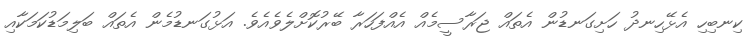
ކިނބިހި އެޅޭހިނދު ހަށިގަނޑުން އެތައް ޖަރާސީމެއް އެއްފަހަރާ ބޭރުކޮށްލެވެއެވެ. އަޅުގަނޑުމެން އެތައް ބަލިމަޑުކަމަކާއި